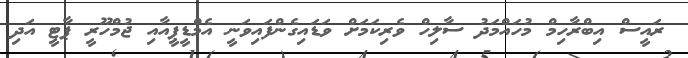
ރައީސް އިބްރާހިމް މުހައްމަދު ސާލިހް ވެރިކަމަށް ވަޑައިގެންފައިވަނީ އެމްޑީޕީއާއި ޖުމްހޫރީ ޕާޓީ އަދި